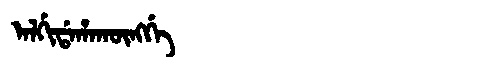
Manchu: ᠠᠯᡤᡳᡩᠠᡥᠠᡴᡡᠩᡤᡝ
Romanization: ALGIDAHAKŪNGGE